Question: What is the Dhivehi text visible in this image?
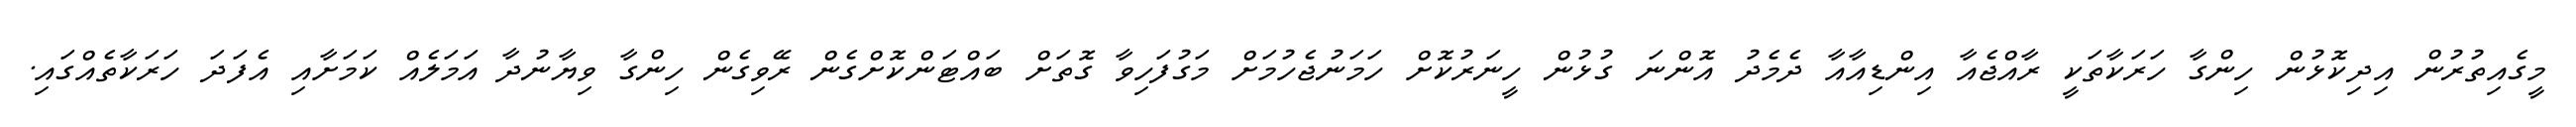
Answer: މީގެއިތުރުން އިދިކޮޅުން ހިންގާ ހަރަކާތަކީ ރާއްޖެއާ އިންޑިއާއާ ދެމެދު އޮންނަ ގުޅުން ހީނަރުކޮށް ހަމަނުޖެހުމަށް މަގުފަހިވާ ގޮތަށް ބައްޓަންކޮށްގެން ރޭވިގެން ހިންގާ ވިޔާނުދާ އަމަލެއް ކަމަށާއި އެފަދަ ހަރަކާތެއްގައި.